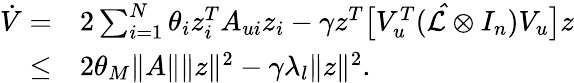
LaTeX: \begin{array}{rl}{\dot{V}=}&{2\sum_{i=1}^{N}\theta_{i}z_{i}^{T}A_{ui}z_{i}-\gamma z^{T}\big[V_{u}^{T}(\mathcal{\hat{L}}\otimes I_{n})V_{u}\big]z}\\ {\leq}&{2\theta_{M}\| A\| \| z\| ^{2}-\gamma\lambda_{l}\| z\| ^{2}.}\end{array}